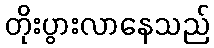
တိုးပွားလာနေသည်